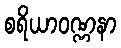
စရိယာဝဏ္ဏနာ